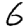
Digit: 6